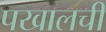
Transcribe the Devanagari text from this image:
पखालची